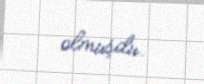
olmuşdu.